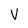
Character: V